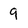
Character: 9